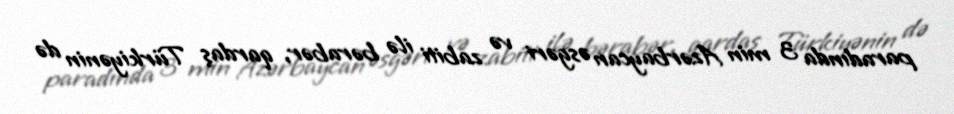
paradında 3 min Azərbaycan əsgəri və zabiti ilə bərabər, qardaş Türkiyənin də